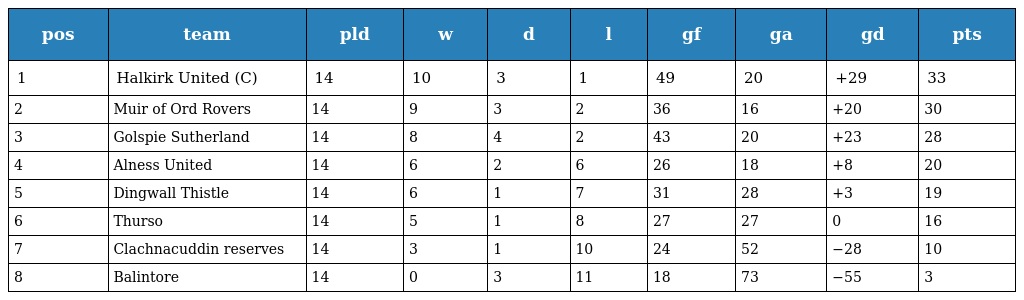
| pos | team | pld | w | d | l | gf | ga | gd | pts |
 | --- | --- | --- | --- | --- | --- | --- | --- | --- | --- |
 | 1 | Halkirk United (C) | 14 | 10 | 3 | 1 | 49 | 20 | +29 | 33 |
 | 2 | Muir of Ord Rovers | 14 | 9 | 3 | 2 | 36 | 16 | +20 | 30 |
 | 3 | Golspie Sutherland | 14 | 8 | 4 | 2 | 43 | 20 | +23 | 28 |
 | 4 | Alness United | 14 | 6 | 2 | 6 | 26 | 18 | +8 | 20 |
 | 5 | Dingwall Thistle | 14 | 6 | 1 | 7 | 31 | 28 | +3 | 19 |
 | 6 | Thurso | 14 | 5 | 1 | 8 | 27 | 27 | 0 | 16 |
 | 7 | Clachnacuddin reserves | 14 | 3 | 1 | 10 | 24 | 52 | −28 | 10 |
 | 8 | Balintore | 14 | 0 | 3 | 11 | 18 | 73 | −55 | 3 |